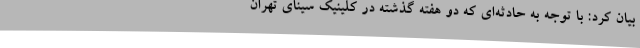
بیان کرد: با توجه به حادثه‌ای که دو هفته گذشته در کلینیک سینای تهران